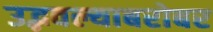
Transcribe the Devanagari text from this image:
उद्भवल्याबरोबर